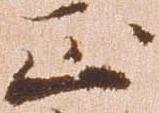
正